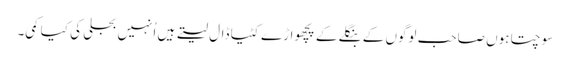
سوچتا ہوں صاحب لوگوں کے بنگلے کے پچھواڑے کٹیا ڈال لیتے ہیں اُنہیں بجلی کی کیا کمی۔